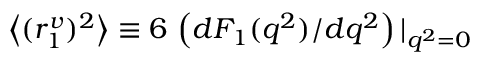
\left< ( r _ { 1 } ^ { v } ) ^ { 2 } \right> \equiv 6 \, \left( d F _ { 1 } ( q ^ { 2 } ) / d q ^ { 2 } \right) | _ { q ^ { 2 } = 0 }